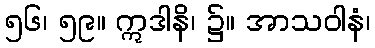
၅၆၊ ၅၉။ ဣဒါနိ၊ ၌။ အာသဝါနံ၊